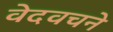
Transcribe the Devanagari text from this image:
वेदवचने